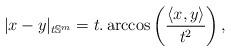
LaTeX: \begin{align*}| x - y |_{t \mathbb{S}^{m}} = t . \arccos \left( \frac{\left\langle x,y \right\rangle}{t^{2}} \right),\end{align*}